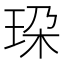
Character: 𰡼